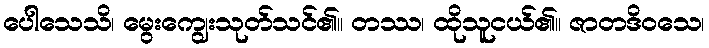
ပေါသေသိ၊ မွေးကျွေးသုတ်သင်၏။ တဿ၊ ထိုသူငယ်၏။ ဇာတဒိဝသေ၊